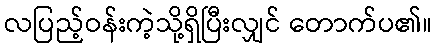
လပြည့်ဝန်းကဲ့သို့ရှိပြီးလျှင် တောက်ပ၏။